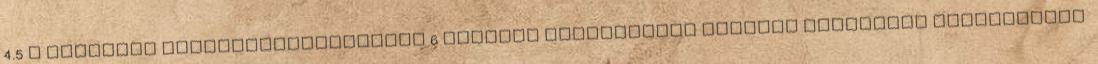
4.5 A legújabb filozófiatörténetek 6 További információk Nyugati filozófia szerkesztés